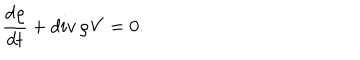
\frac { d \varrho } { d t } + d i v \, \varrho { \bf V } = 0 .